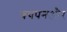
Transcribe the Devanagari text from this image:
बचपनऔर